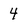
Character: 4